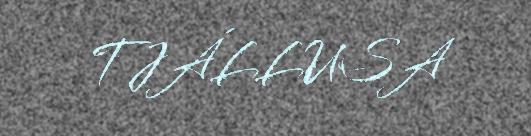
TJÁLLUSA